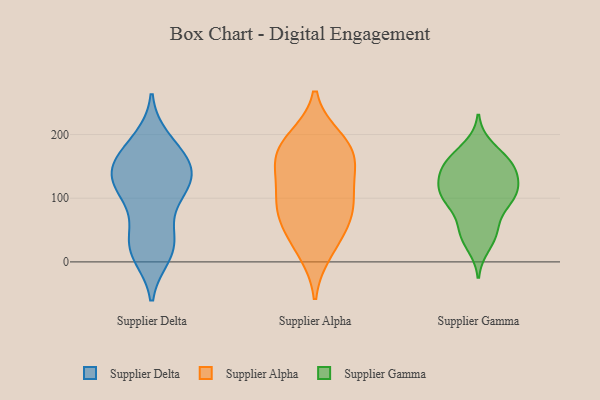
{"axis": {"x": "Churn Rate (%)", "y": "Value"}, "legend": ["Supplier Alpha", "Supplier Delta", "Supplier Gamma"], "data": [{"x": "", "y": 130, "type": "Supplier Delta"}, {"x": "", "y": 112, "type": "Supplier Delta"}, {"x": "", "y": 192, "type": "Supplier Delta"}, {"x": "", "y": 122, "type": "Supplier Delta"}, {"x": "", "y": 34, "type": "Supplier Delta"}, {"x": "", "y": 74, "type": "Supplier Delta"}, {"x": "", "y": 110, "type": "Supplier Delta"}, {"x": "", "y": 154, "type": "Supplier Delta"}, {"x": "", "y": 155, "type": "Supplier Delta"}, {"x": "", "y": 134, "type": "Supplier Delta"}, {"x": "", "y": 30, "type": "Supplier Delta"}, {"x": "", "y": 158, "type": "Supplier Delta"}, {"x": "", "y": 25, "type": "Supplier Delta"}, {"x": "", "y": 15, "type": "Supplier Delta"}, {"x": "", "y": 160, "type": "Supplier Delta"}, {"x": "", "y": 120, "type": "Supplier Delta"}, {"x": "", "y": 11, "type": "Supplier Delta"}, {"x": "", "y": 184, "type": "Supplier Delta"}, {"x": "", "y": 96, "type": "Supplier Alpha"}, {"x": "", "y": 167, "type": "Supplier Alpha"}, {"x": "", "y": 131, "type": "Supplier Alpha"}, {"x": "", "y": 92, "type": "Supplier Alpha"}, {"x": "", "y": 192, "type": "Supplier Alpha"}, {"x": "", "y": 181, "type": "Supplier Alpha"}, {"x": "", "y": 175, "type": "Supplier Alpha"}, {"x": "", "y": 74, "type": "Supplier Alpha"}, {"x": "", "y": 144, "type": "Supplier Alpha"}, {"x": "", "y": 17, "type": "Supplier Alpha"}, {"x": "", "y": 38, "type": "Supplier Alpha"}, {"x": "", "y": 71, "type": "Supplier Alpha"}, {"x": "", "y": 139, "type": "Supplier Gamma"}, {"x": "", "y": 90, "type": "Supplier Gamma"}, {"x": "", "y": 49, "type": "Supplier Gamma"}, {"x": "", "y": 166, "type": "Supplier Gamma"}, {"x": "", "y": 113, "type": "Supplier Gamma"}, {"x": "", "y": 102, "type": "Supplier Gamma"}, {"x": "", "y": 180, "type": "Supplier Gamma"}, {"x": "", "y": 130, "type": "Supplier Gamma"}, {"x": "", "y": 115, "type": "Supplier Gamma"}, {"x": "", "y": 156, "type": "Supplier Gamma"}, {"x": "", "y": 152, "type": "Supplier Gamma"}, {"x": "", "y": 95, "type": "Supplier Gamma"}, {"x": "", "y": 143, "type": "Supplier Gamma"}, {"x": "", "y": 102, "type": "Supplier Gamma"}, {"x": "", "y": 26, "type": "Supplier Gamma"}, {"x": "", "y": 153, "type": "Supplier Gamma"}, {"x": "", "y": 47, "type": "Supplier Gamma"}, {"x": "", "y": 104, "type": "Supplier Gamma"}, {"x": "", "y": 47, "type": "Supplier Gamma"}]}